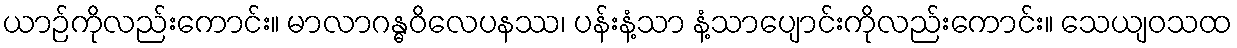
ယာဉ်ကိုလည်းကောင်း။ မာလာဂန္ဓဝိလေပနဿ၊ ပန်းနံ့သာ နံ့သာပျောင်းကိုလည်းကောင်း။ သေယျဝသထ